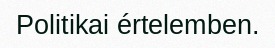
Politikai értelemben.